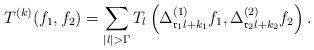
LaTeX: \begin{align*}T^{(k)}(f_1,f_2)=\sum_{|l|>\Gamma}T_l\left(\Delta_{\mathfrak{r}_1 l+k_1}^{(1)}f_1,\Delta_{\mathfrak{r}_2 l+k_2}^{(2)}f_2\right).\end{align*}